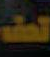
قط